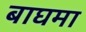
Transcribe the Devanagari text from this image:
बाघमा